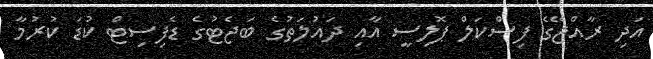
އަދި ރާއްޖޭގެ ފިސްކަލް ޕޮލިސީ އާއި ދައުލަތުގެ ބަޖެޓުގެ ޑެފިސިޓް ކުޑަ ކުރުމާ